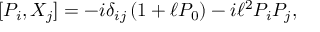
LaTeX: [ P _ { i } , { X } _ { j } ] = - i \delta _ { i j } \left( 1 + \ell P _ { 0 } \right) - i \ell ^ { 2 } P _ { i } P _ { j } ,